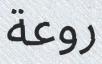
روعة